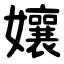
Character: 孃